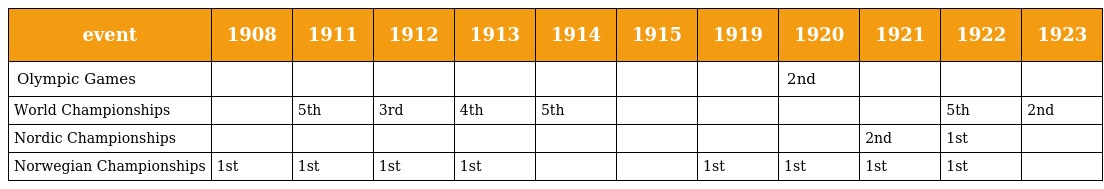
| event | 1908 | 1911 | 1912 | 1913 | 1914 | 1915 | 1919 | 1920 | 1921 | 1922 | 1923 |
 | --- | --- | --- | --- | --- | --- | --- | --- | --- | --- | --- | --- |
 | Olympic Games |  |  |  |  |  |  |  | 2nd |  |  |  |
 | World Championships |  | 5th | 3rd | 4th | 5th |  |  |  |  | 5th | 2nd |
 | Nordic Championships |  |  |  |  |  |  |  |  | 2nd | 1st |  |
 | Norwegian Championships | 1st | 1st | 1st | 1st |  |  | 1st | 1st | 1st | 1st |  |